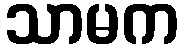
သာမက